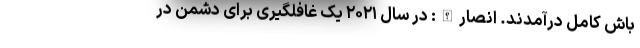
باش کامل درآمدند. انصارالله: در سال ۲۰۲۱ یک غافلگیری برای دشمن در